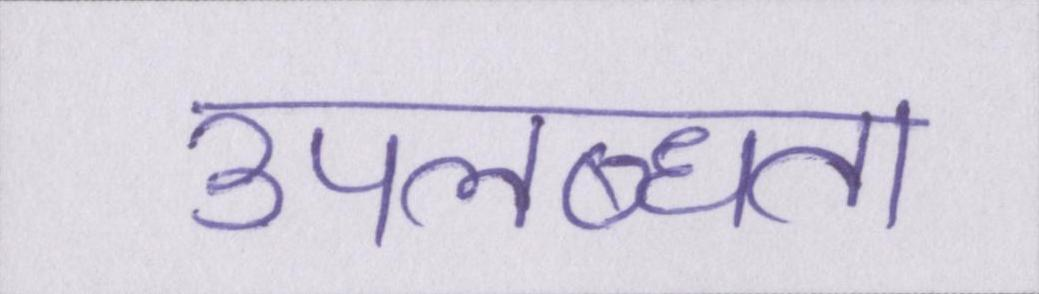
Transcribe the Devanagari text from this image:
उपलब्धता